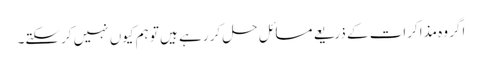
اگر وہ مذاکرات کے ذریعے مسائل حل کر رہے ہیں تو ہم کیوں نہیں کرسکتے۔